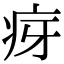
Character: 疨